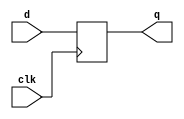
`timescale 1ns / 1ps
module d_flip_flop(clk, d, q);
  input clk, d;
  output q;
  reg q;

  always @(negedge clk) begin
    q <= d;
  end

endmodule